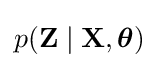
p(\mathbf {Z} \mid \mathbf {X} ,{\boldsymbol {\theta }})